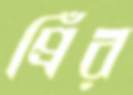
প্রিঁর